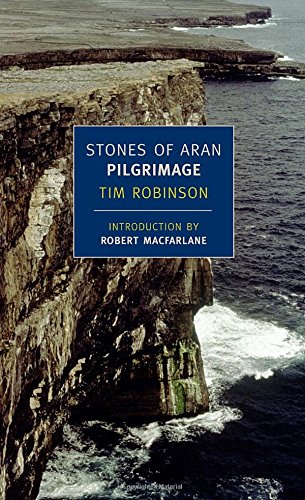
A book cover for Stones of Aran: Pilgrimage (New York Review Books Classics); Tim Robinson; Travel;